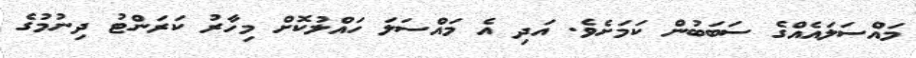
މައްސަލައެއްގެ ސަބަބުން ކަމަށެވެ. އަދި އެ މައްސަލަ ހައްލުކޮށް މިހާރު ކަރަންޓު ދިނުމުގެ